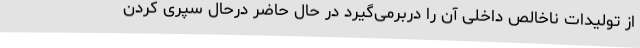
از تولیدات ناخالص داخلی آن را دربرمی‌گیرد در حال حاضر درحال سپری کردن